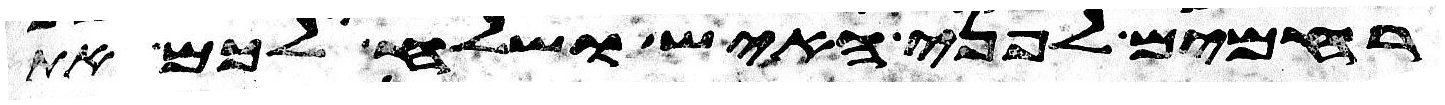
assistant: רחמים לפני האיש ושלח לכם את